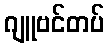
ဂျူဗင်တပ်